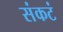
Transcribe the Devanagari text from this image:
संकटं